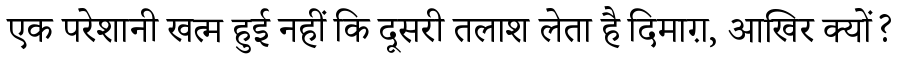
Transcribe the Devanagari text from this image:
एक परेशानी खत्म हुई नहीं कि दूसरी तलाश लेता है दिमाग़, आखिर क्यों?